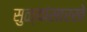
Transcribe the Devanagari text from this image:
सुळ्यांसारखे